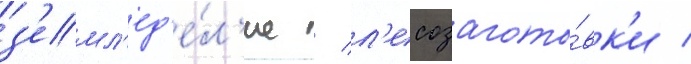
з'емл'ед'е́л'ие / л'есозагото́вк'и /